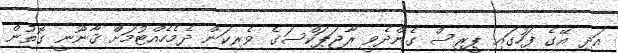
އަދި އޭގެ ފަހުގައި ޕީރިސް ގެންދެވީ ރާޖަޕަކްސަގެ ވެރިކަން ދެމެހެއްޓުމަށް ޤާނޫނީ ގޮތުން